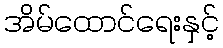
အိမ်ထောင်ရေးနှင့်